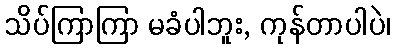
သိပ်ကြာကြာ မခံပါဘူး, ကုန်တာပါပဲ၊